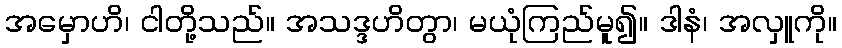
အမှောဟိ၊ ငါတို့သည်။ အသဒ္ဒဟိတွာ၊ မယုံကြည်မူ၍။ ဒါနံ၊ အလှူကို။